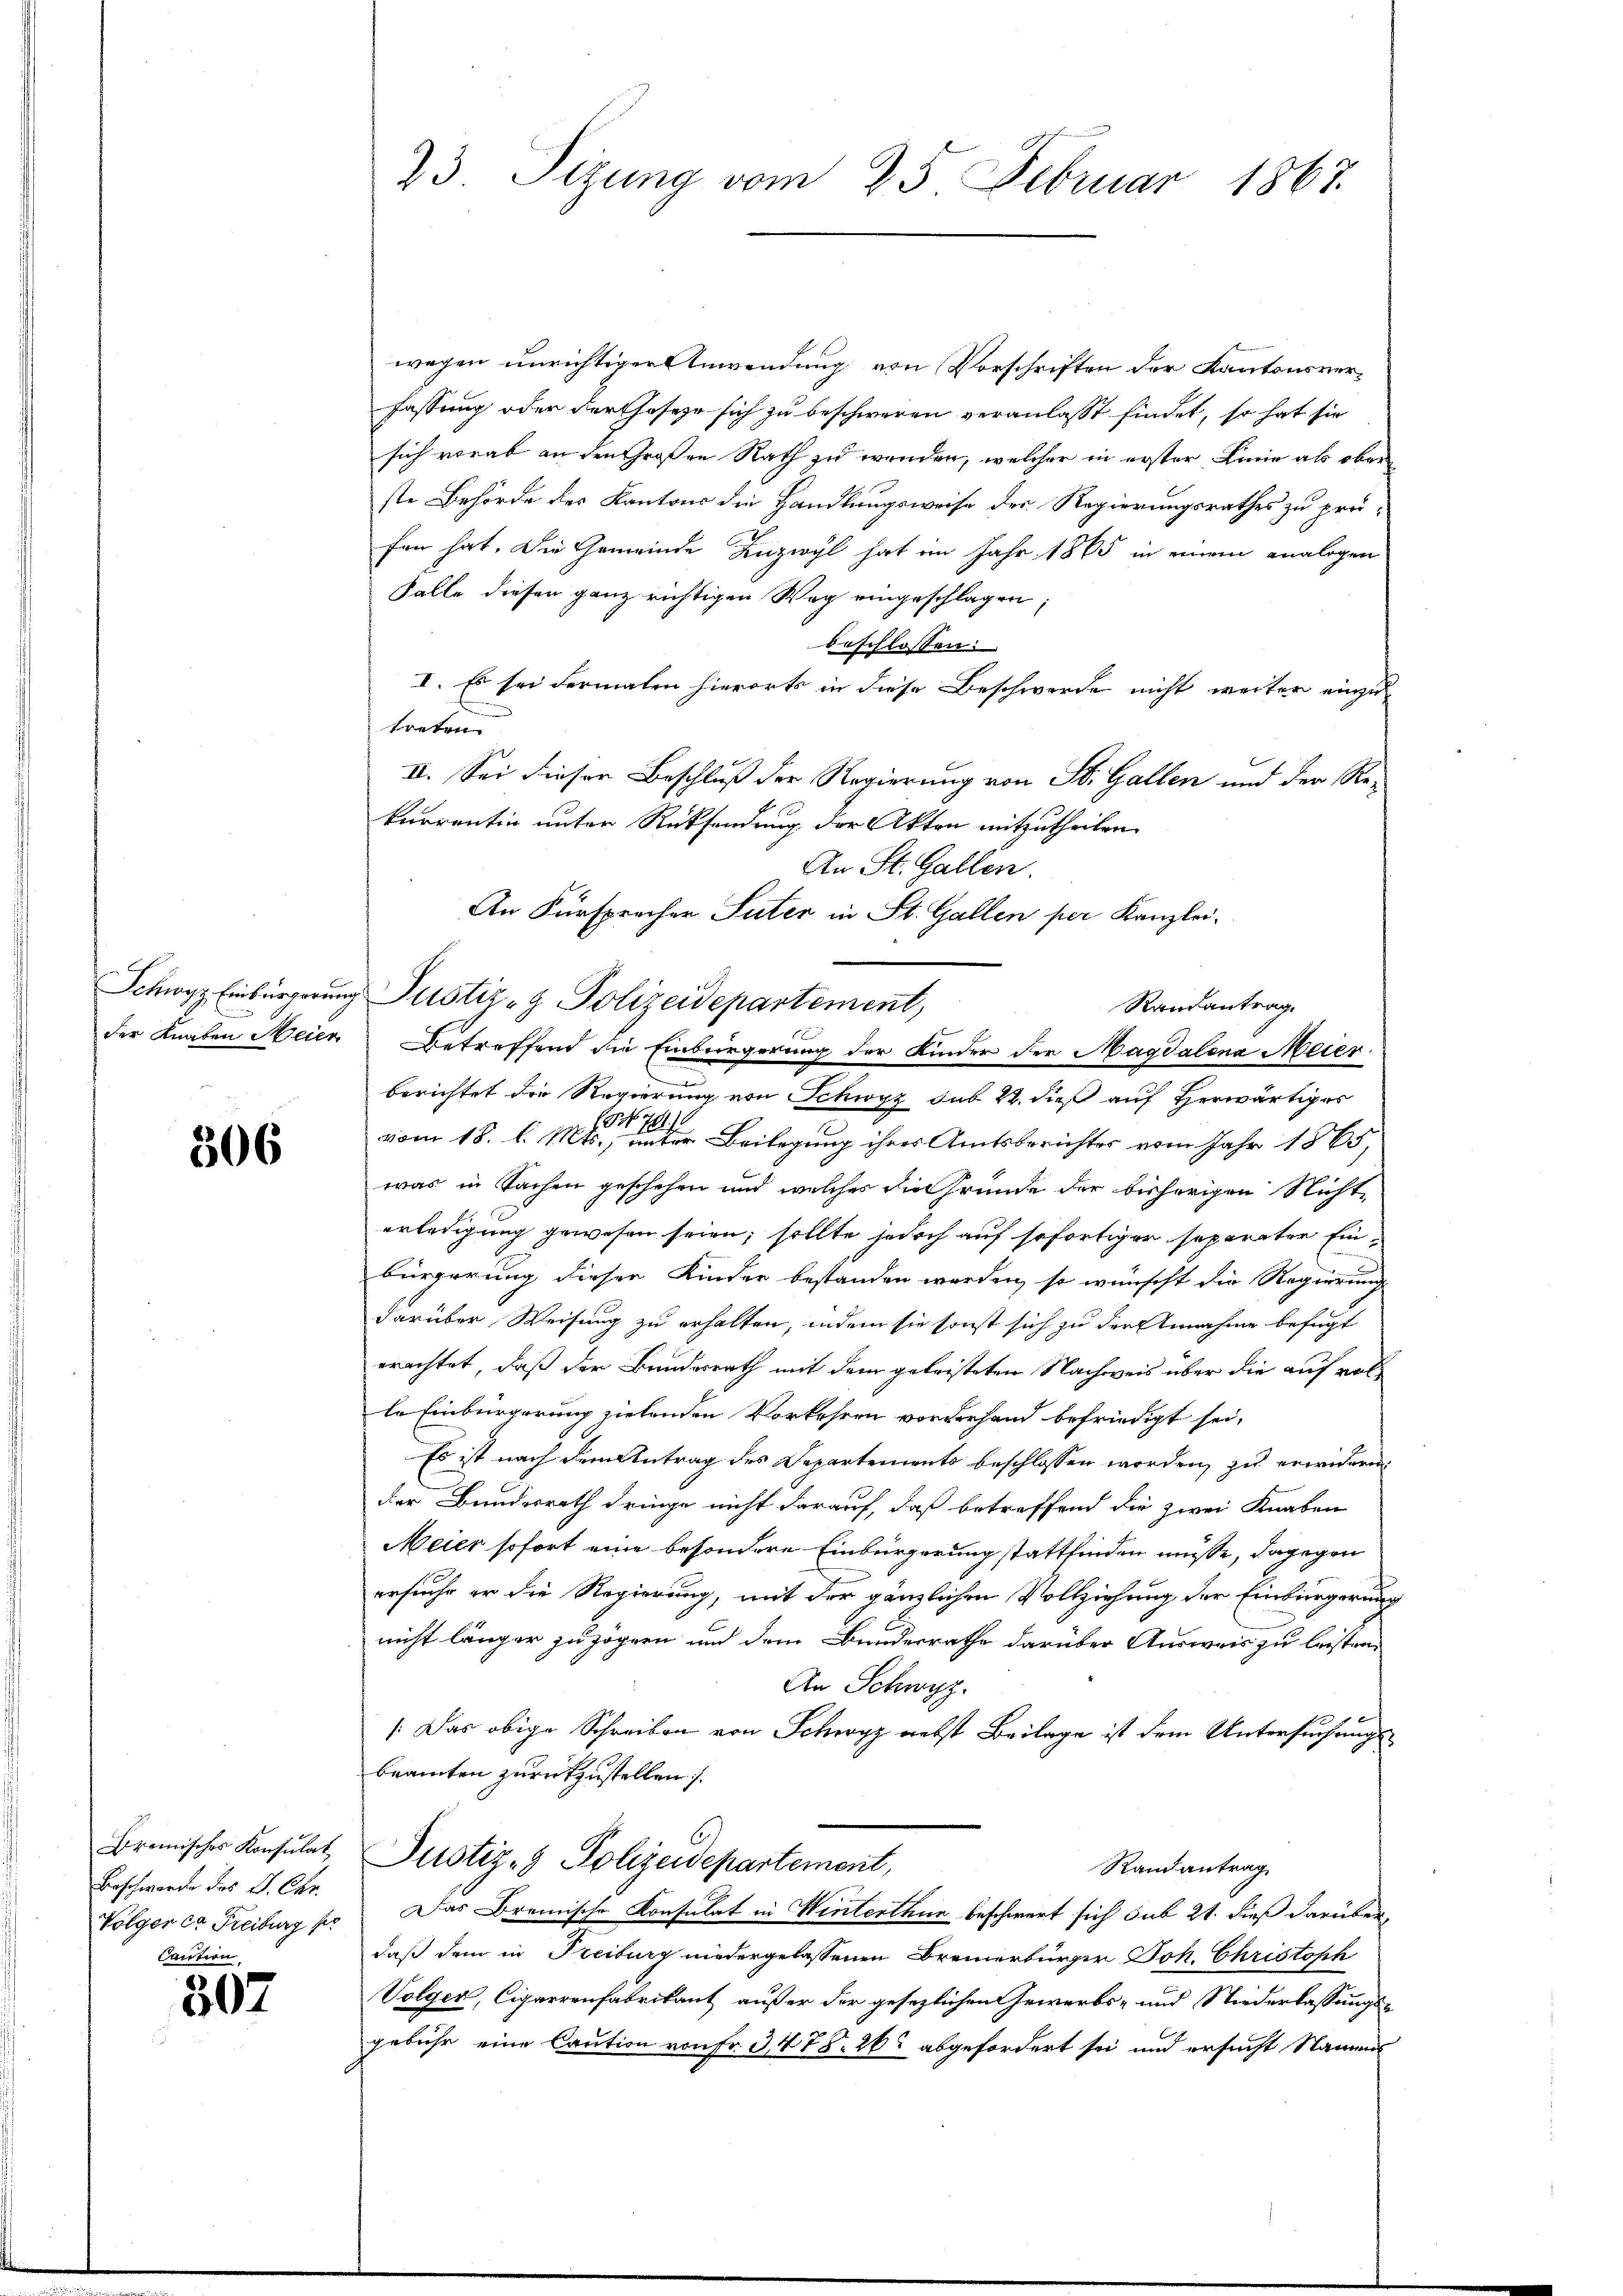
Schwyz. Einbürgerung
der Knaben Meier

306

Bremisches Konsulat
Beschwerde des J. Chr.
Volger ca Freiburg her
Caution

307

23. Sizung vom 25. Februar 1867.

wegen unrichtiger Anwendung von Vorschriften der Kantonsverfassung oder Fortheseze sich zu beschweren veranlasst findet, so hat sie
sich vorab an den Großen Rath zu wenden, welcher in erster Linie als oben
ste Behörde des Kantons die Handlungsweise der Regierungsrathes zu prüfen hat. Die Gemeinde Zuzwyl hat im Jahr 1865 in einem analogen
Falle diesen ganz richtigen Weg eingeschlagen;
beschlossen:
I. Es sei dermalen hierorts in diese Beschwerde nicht weiter einzu¬
Brech
II. Sei dieser Beschluß der Regierung von St. Gallen und der Re-
kurrentin unter Rücksendung der Akten mitzutheilen.
An St. Gallen.
An Fürsprecher Suter in St. Gallen per Kanzlei-
Raurantrag
Betreffend die Einbergerung der Kinder der Magdalena Meier
berichtet die Regierung von Schwyz sub 22. dieß auf Herwärtiges
vom 18. d. Mts. Beilegung ihres Amtsberichtes vom Jahr 1865
was in Sachen geschehen und welches die Grunde der bisherigen Nichte
erledigung gewesen seien; sollte jedoch auf sofortiger separater Ein-
bürgerung dieser Kinder bestanden werden, so wünscht die Regierung
darüber Weisung zu erhalten, indem sie sonst sich zu der Annahme befugt
erachtet, daß der Bundesrath mit dem geleisteten Nachweis über die auf volle Einbürgerung zielenden Vorkehren vorderhand befriedigt sei,
Es ist nach dem Antrag des Departements beschlossen worden, zu erwideren
der Bundesrath dringe nicht darauf, daß betreffend die zwei Knaben
Meier sofort eine besondere Einbürgerung stattfinden müsse, dagegen
ersuche er die Regierung, mit der gänzlichen Vollziehung der Einbürgerung
nicht länger zuzogen und dem Bundesrathe darüber Ausweis zu leisten.
An Schwyz.
Das obige Schreiben von Schwyz nebst Beilage ist dem Untersuchungsbeamten zurückzustellen.
6
Justiz- & Polizeidepartement,
Randantrag
Das Bremische Konsulat in Winterthur beschwert sich sub 21. dieß darüber,
daß dem in Freiburg niedergelassenen Bremerbürger Joh. Christoph
Volger, Cigarrenfabrikant außer der gesezlichen Gewerbs- und Niederlassungsgebühr eine Caution von Fr. 3478. 26 abgefordert sei und ersucht Name

Justiz- & Polizeidepartement,